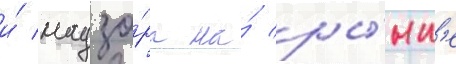
и́ надзо́ра на́ ры́нк'е